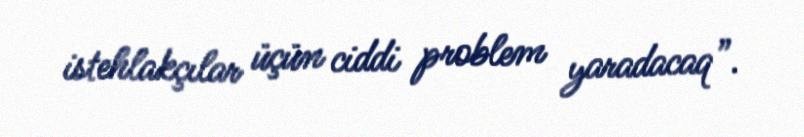
istehlakçılar üçün ciddi problem yaradacaq”.